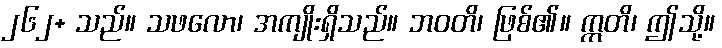
၂၆၂+ သည်။ သဖလော၊ အကျိုးရှိသည်။ ဘဝတိ၊ ဖြစ်၏။ ဣတိ၊ ဤသို့။